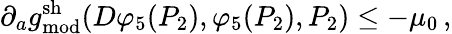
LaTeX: \partial_{a}g_{\mathrm{mod}}^{\mathrm{sh}}(D\varphi_{5}(P_{2}),\varphi_{5}(P_{2}),P_{2})\leq-\mu_{0}\, ,